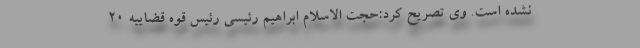
نشده است. وی تصریح کرد:حجت الاسلام ابراهیم رئیسی رئیس قوه قضاییه ۲۰